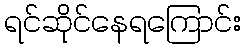
ရင်ဆိုင်နေရကြောင်း